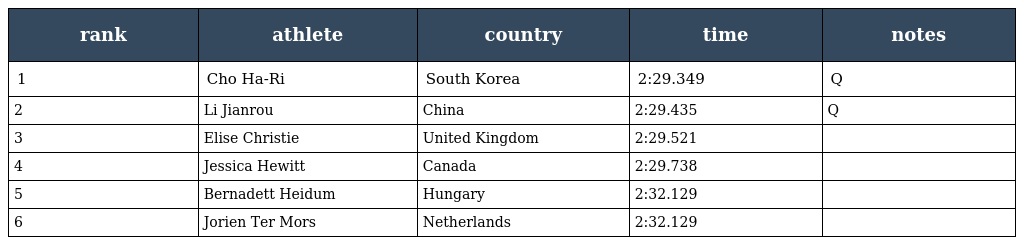
| rank | athlete | country | time | notes |
 | --- | --- | --- | --- | --- |
 | 1 | Cho Ha-Ri | South Korea | 2:29.349 | Q |
 | 2 | Li Jianrou | China | 2:29.435 | Q |
 | 3 | Elise Christie | United Kingdom | 2:29.521 |  |
 | 4 | Jessica Hewitt | Canada | 2:29.738 |  |
 | 5 | Bernadett Heidum | Hungary | 2:32.129 |  |
 | 6 | Jorien Ter Mors | Netherlands | 2:32.129 |  |